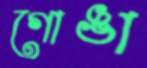
গোঙা